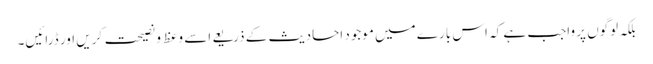
بلکہ لوگوں پر واجب ہے کہ اس بارے میں موجود احادیث کے ذریعے اسے وعظ و نصیحت کریں اور ڈرائیں۔